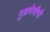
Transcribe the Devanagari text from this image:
गुळवेलीची